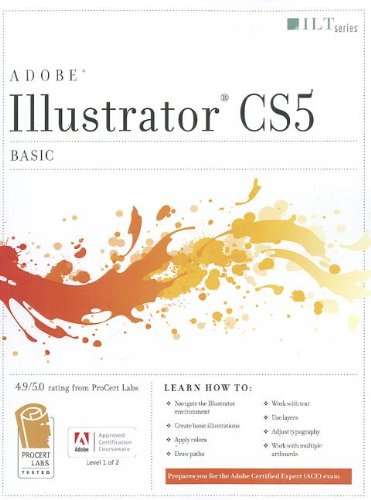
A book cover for Illustrator Cs5: Basic, Ace Edition + Certblaster + Data (ILT); Computers & Technology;